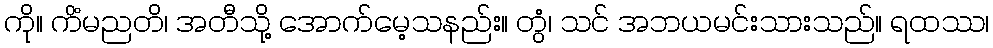
ကို။ ကိံမညတိ၊ အတီသို့ အောက်မေ့သနည်း။ တွံ၊ သင် အဘယမင်းသားသည်။ ရထဿ၊